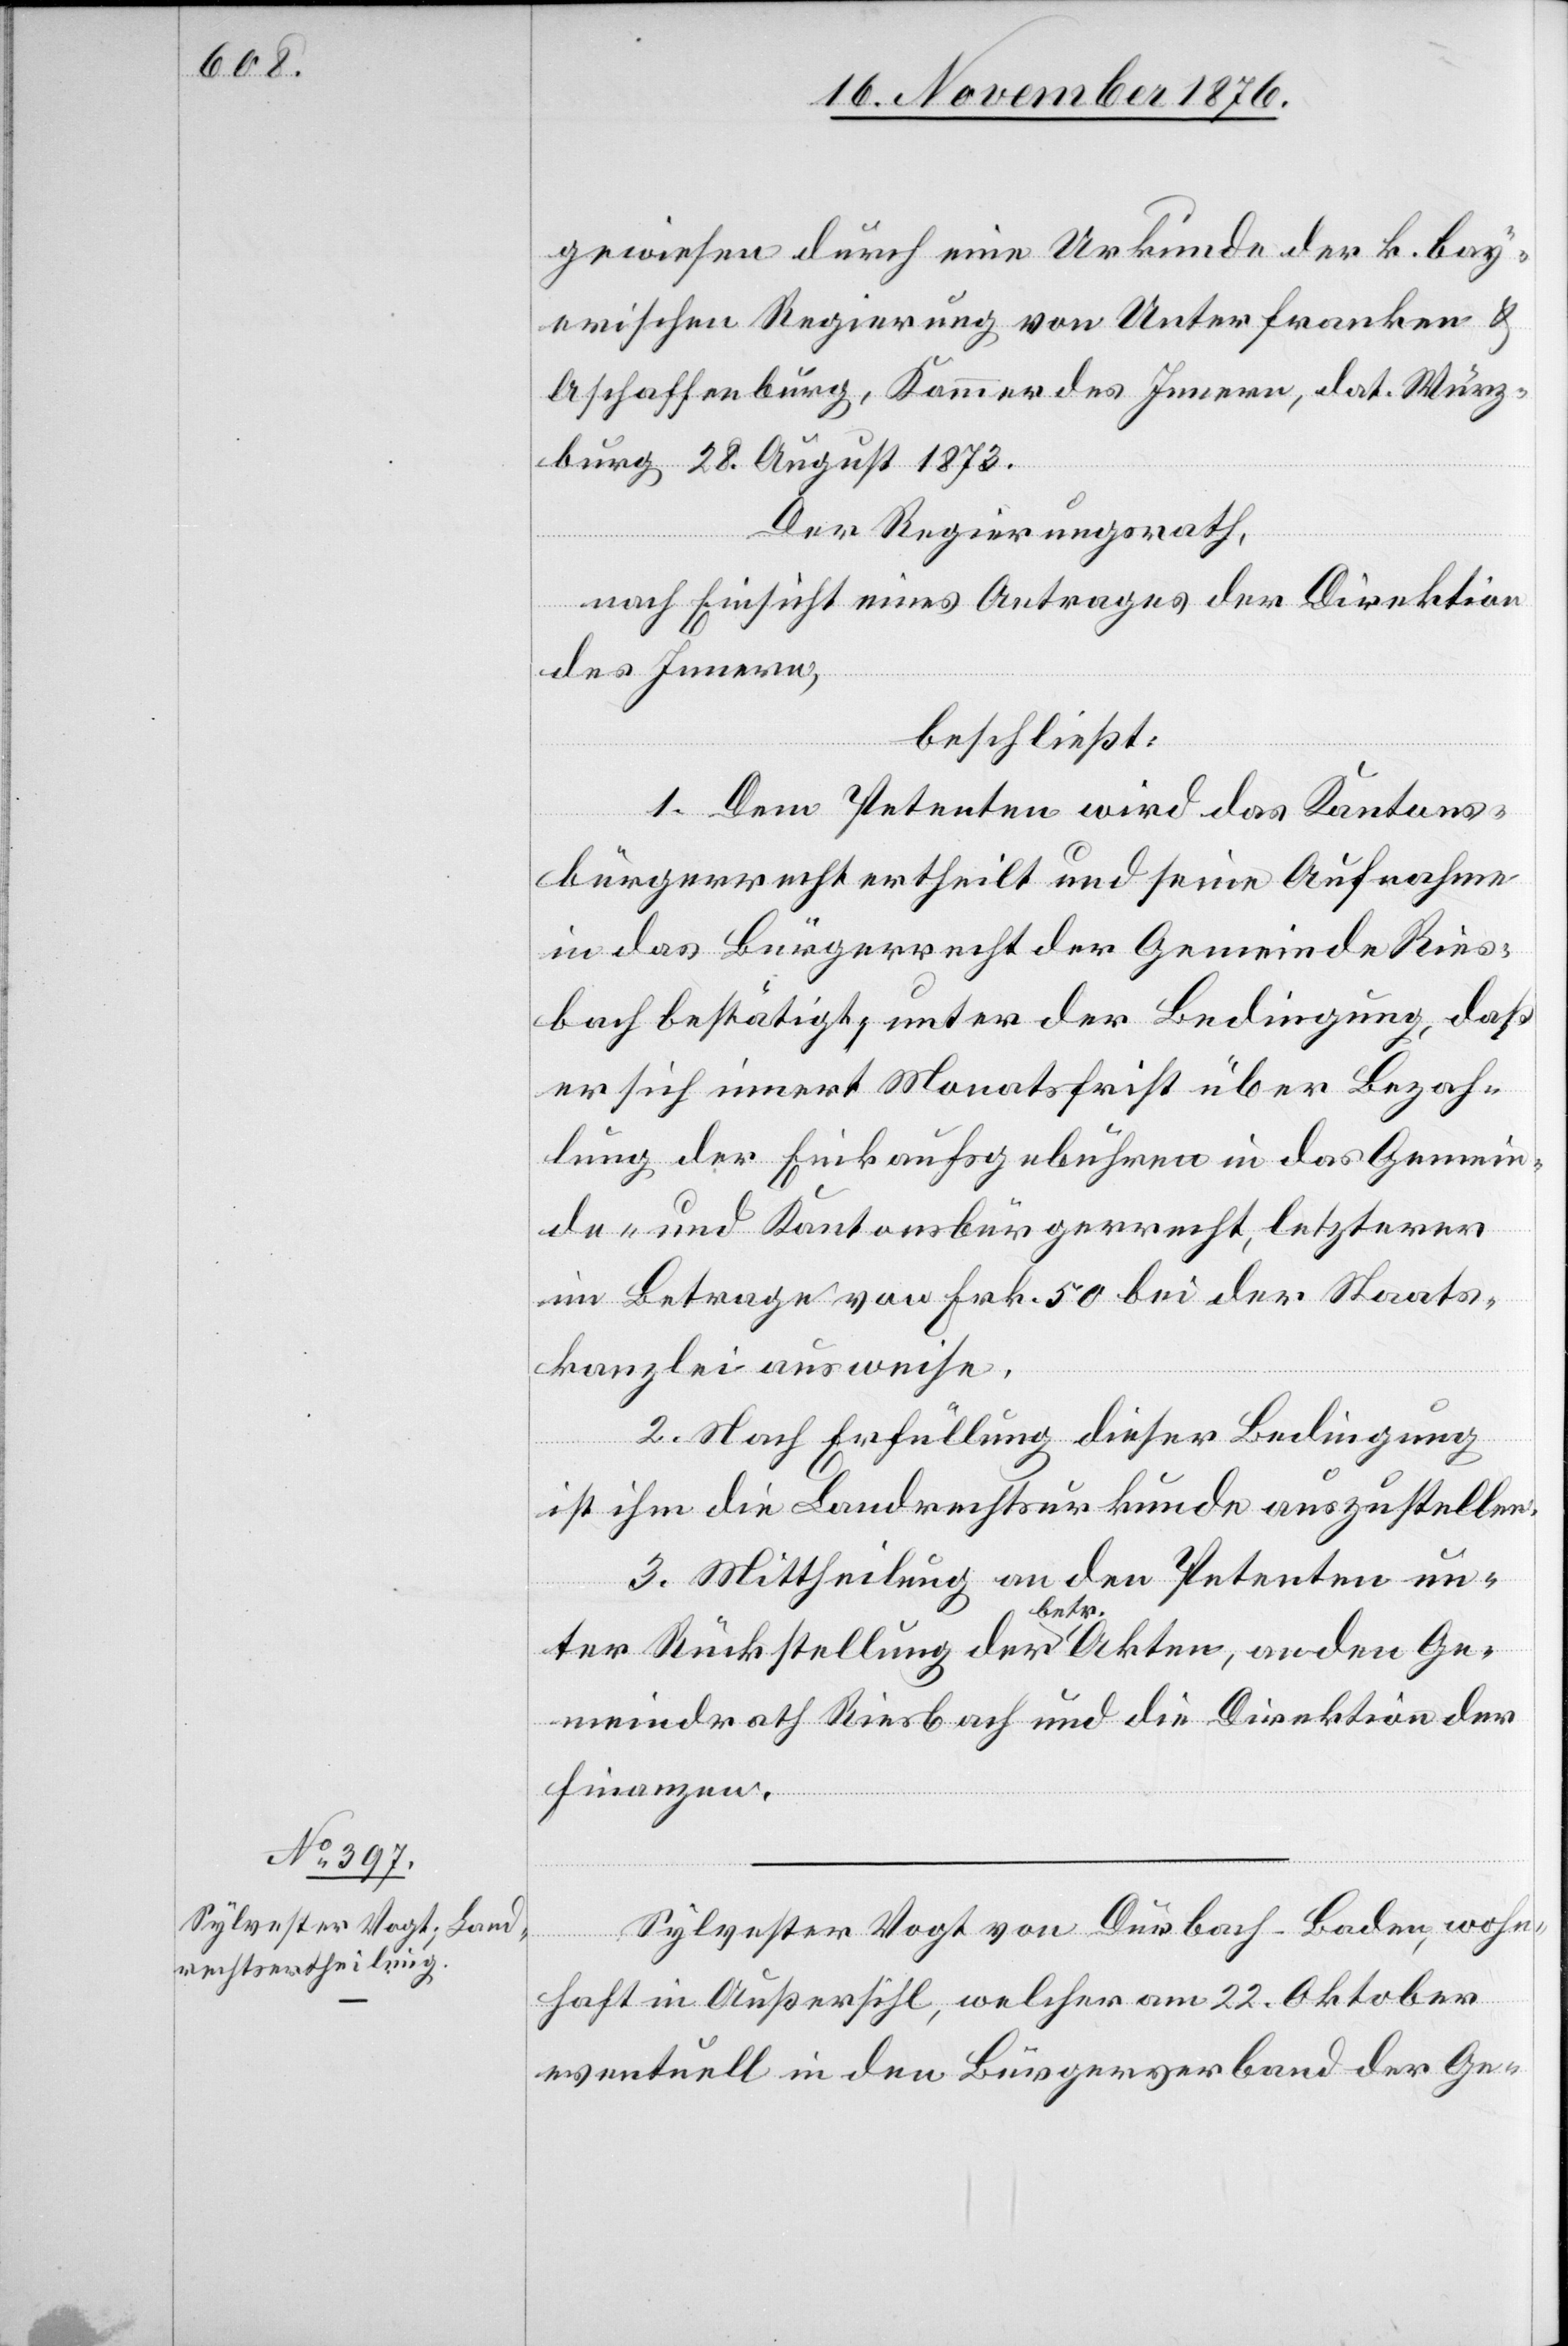
Sylvester Vogt von Durbach - Baden, wohn¬
haft in Außersihl, welcher am 22. Oktober
eventuell in den Bürgerverband der Ge-